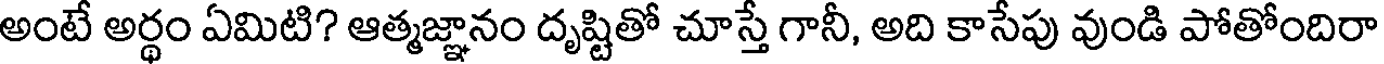
అంటే అర్థం ఏమిటి? ఆత్మజ్ఞానం దృష్టితో చూస్తే గానీ, అది కాసేపు వుండి పోతోందిరా